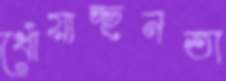
ধোঁয়াচ্ছনতা